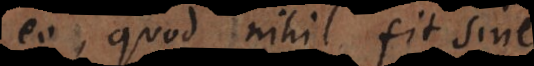
eo, quod nihil fit sine